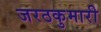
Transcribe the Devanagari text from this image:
जरठकुमारी